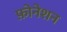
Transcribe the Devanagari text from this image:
फ़ोनेशन